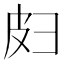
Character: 𫹄